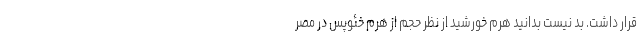
قرار داشت. بد نیست بدانید هرم خورشید از نظر حجم از هرم خئوپس در مصر